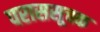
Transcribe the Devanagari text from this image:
पराससूचक